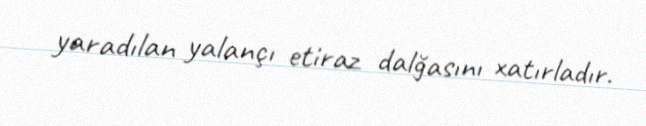
yaradılan yalançı etiraz dalğasını xatırladır.